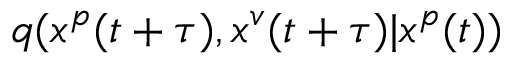
q ( x ^ { p } ( t + \tau ) , x ^ { v } ( t + \tau ) | x ^ { p } ( t ) )